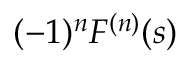
( - 1 ) ^ { n } F ^ { ( n ) } ( s )